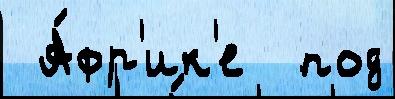
 А́фр'ик'е  под